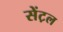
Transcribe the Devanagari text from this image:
सेंट़ल